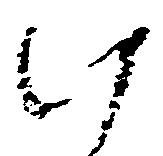
け